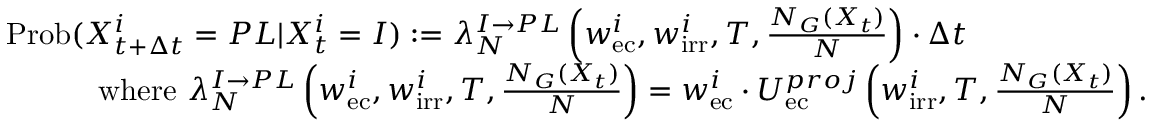
\begin{array} { r l } & { \mathrm { P r o b } ( X _ { t + \Delta t } ^ { i } = P L | X _ { t } ^ { i } = I ) : = \lambda _ { N } ^ { I \rightarrow P L } \left( w _ { \mathrm { e c } } ^ { i } , w _ { \mathrm { i r r } } ^ { i } , T , \frac { N _ { G } ( X _ { t } ) } { N } \right) \cdot \Delta t } \\ & { \quad \quad \quad \mathrm { w h e r e } \, \, \lambda _ { N } ^ { I \rightarrow P L } \left( w _ { \mathrm { e c } } ^ { i } , w _ { \mathrm { i r r } } ^ { i } , T , \frac { N _ { G } ( X _ { t } ) } { N } \right) = w _ { \mathrm { e c } } ^ { i } \cdot U _ { \mathrm { e c } } ^ { p r o j } \left( w _ { \mathrm { i r r } } ^ { i } , T , \frac { N _ { G } ( X _ { t } ) } { N } \right) . } \end{array}